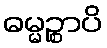
ဓမ္မဉ္စာပိ